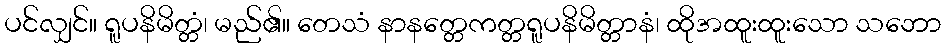
ပင်လျှင်။ ရူပနိမိတ္တံ၊ မည်၏။ တေသံ နာနတ္တေကတ္တရူပနိမိတ္တာနံ၊ ထိုအထူးထူးသော သဘော